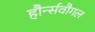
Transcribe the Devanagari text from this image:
हौर्न्सवौगल